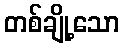
တစ်ချို့သော